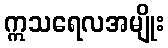
ဣသရေလအမျိုး